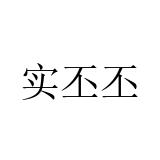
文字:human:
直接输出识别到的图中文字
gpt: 实丕丕